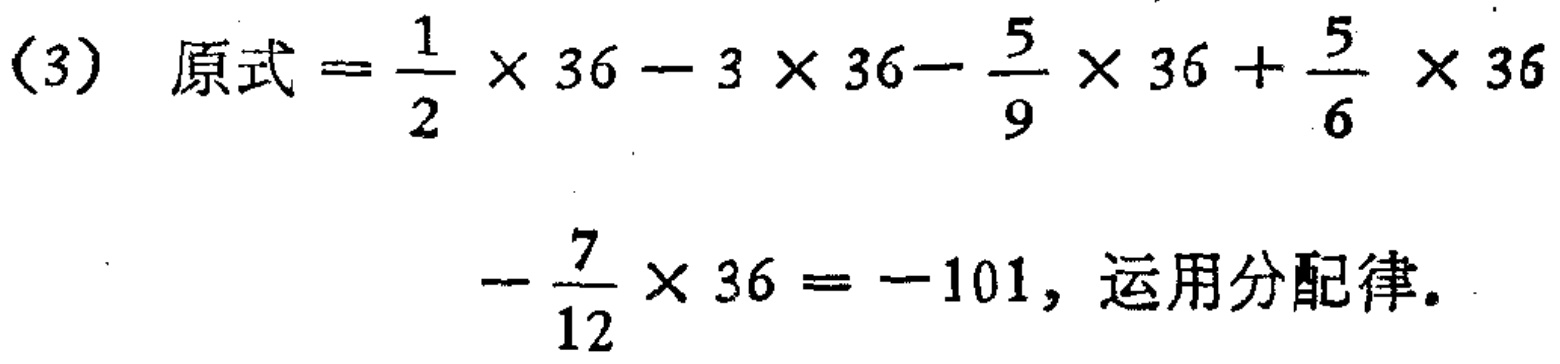
(3) 原式$=\frac{1}{2} \times 36 - 3 \times 36 - \frac{5}{9} \times 36 + \frac{5}{6} \times 36 - \frac{7}{12} \times 36 = -101$, 运用分配律。